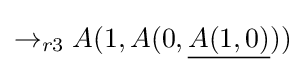
\rightarrow _{r3}A(1,A(0,{\underline {A(1,0)}}))